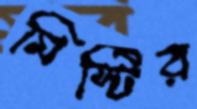
মিস্টির